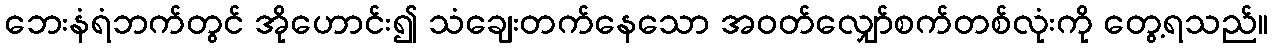
ဘေးနံရံဘက်တွင် အိုဟောင်း၍ သံချေးတက်နေသော အဝတ်လျှော်စက်တစ်လုံးကို တွေ့ရသည်။